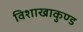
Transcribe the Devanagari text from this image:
विशाखाकुण्ड